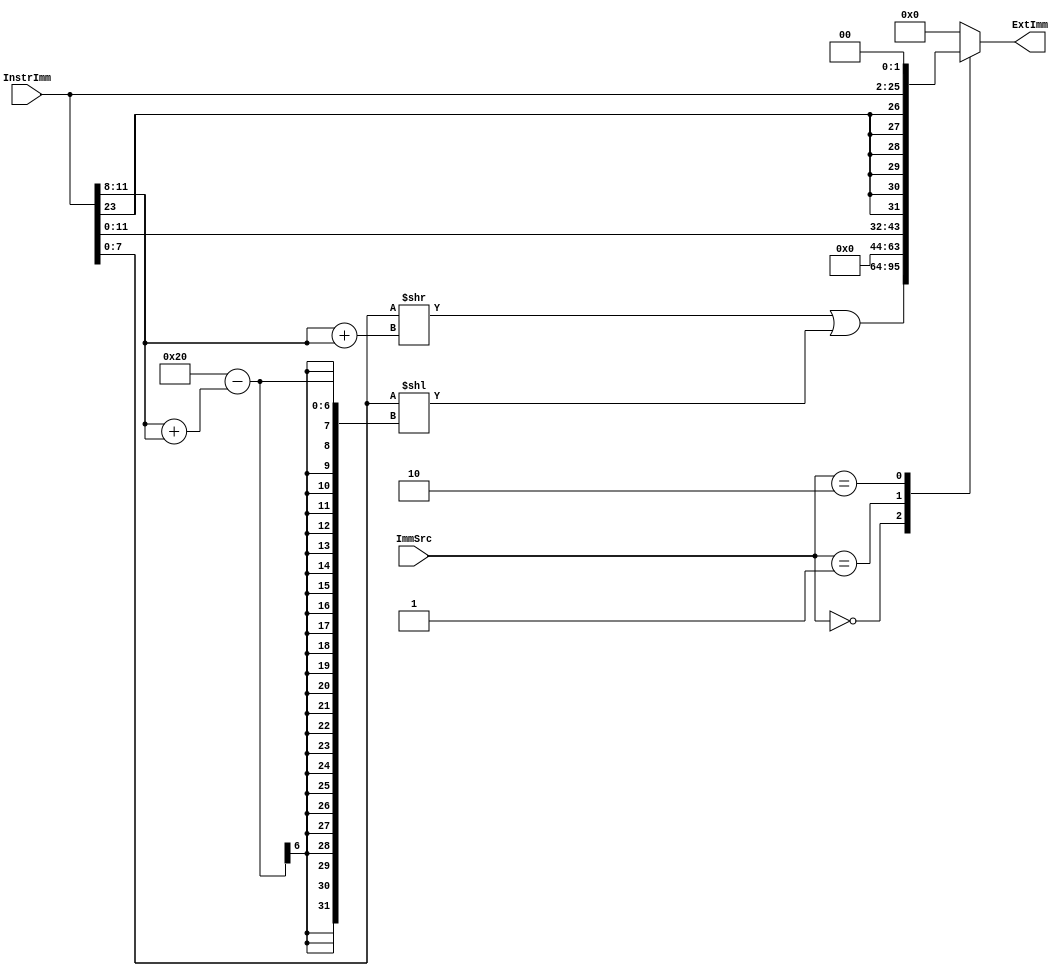
`timescale 1ns / 1ps
//////////////////////////////////////////////////////////////////////////////////
// Company: SUSTech
// Module Name: Extend
// Project Name: Processor
// Tool Versions: Vivado 2021.2
// Description: 
//
//////////////////////////////////////////////////////////////////////////////////


module Extend(
    input [1:0] ImmSrc,
    input [23:0] InstrImm,
    output reg [31:0] ExtImm
    );
    
    always @(*) begin
        case (ImmSrc)
            2'b00:
//                ExtImm = {24'b0, InstrImm[7:0]};
                ExtImm = ({24'b0, InstrImm[7:0]} >> (InstrImm[11:8] + InstrImm[11:8])) | ({24'b0, InstrImm[7:0]} << (32 - (InstrImm[11:8] + InstrImm[11:8])));
            
            2'b01:
                ExtImm = {20'b0, InstrImm[11:0]};
            
            2'b10:
                ExtImm = {{6{InstrImm[23]}}, InstrImm, 2'b0};
            default: ExtImm = 0;
        endcase
    end
    
endmodule